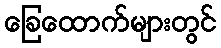
ခြေထောက်များတွင်